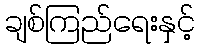
ချစ်ကြည်ရေးနှင့်